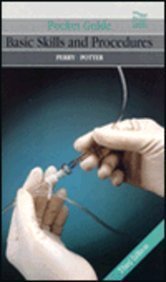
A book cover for Pocket Guide to Basic Skills and Procedures (Pocket Guide Basic Skills & Procedures); Anne Griffin Perry; Medical Books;